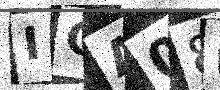
Text: IOA08N